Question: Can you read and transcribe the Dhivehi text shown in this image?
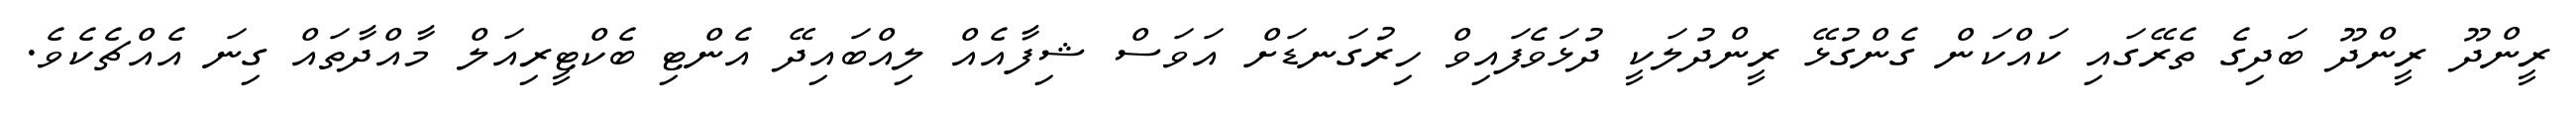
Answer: ރީންދޫ ރީންދޫ ބަދިގެ ތެރޭގައި ކައްކަން ގެންގުޅޭ ރީންދުލަކީ ދުޅަވެފައިވް ހިރުގަނޑަށް އަވަސް ޝިފާއެއް ލިއްބައިދޭ އެންޓި ބެކްޓީރިއަލް މާއްދާތައް ގިނަ އެއްޗެކެވެ.